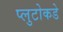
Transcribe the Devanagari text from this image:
प्लुटोकडे